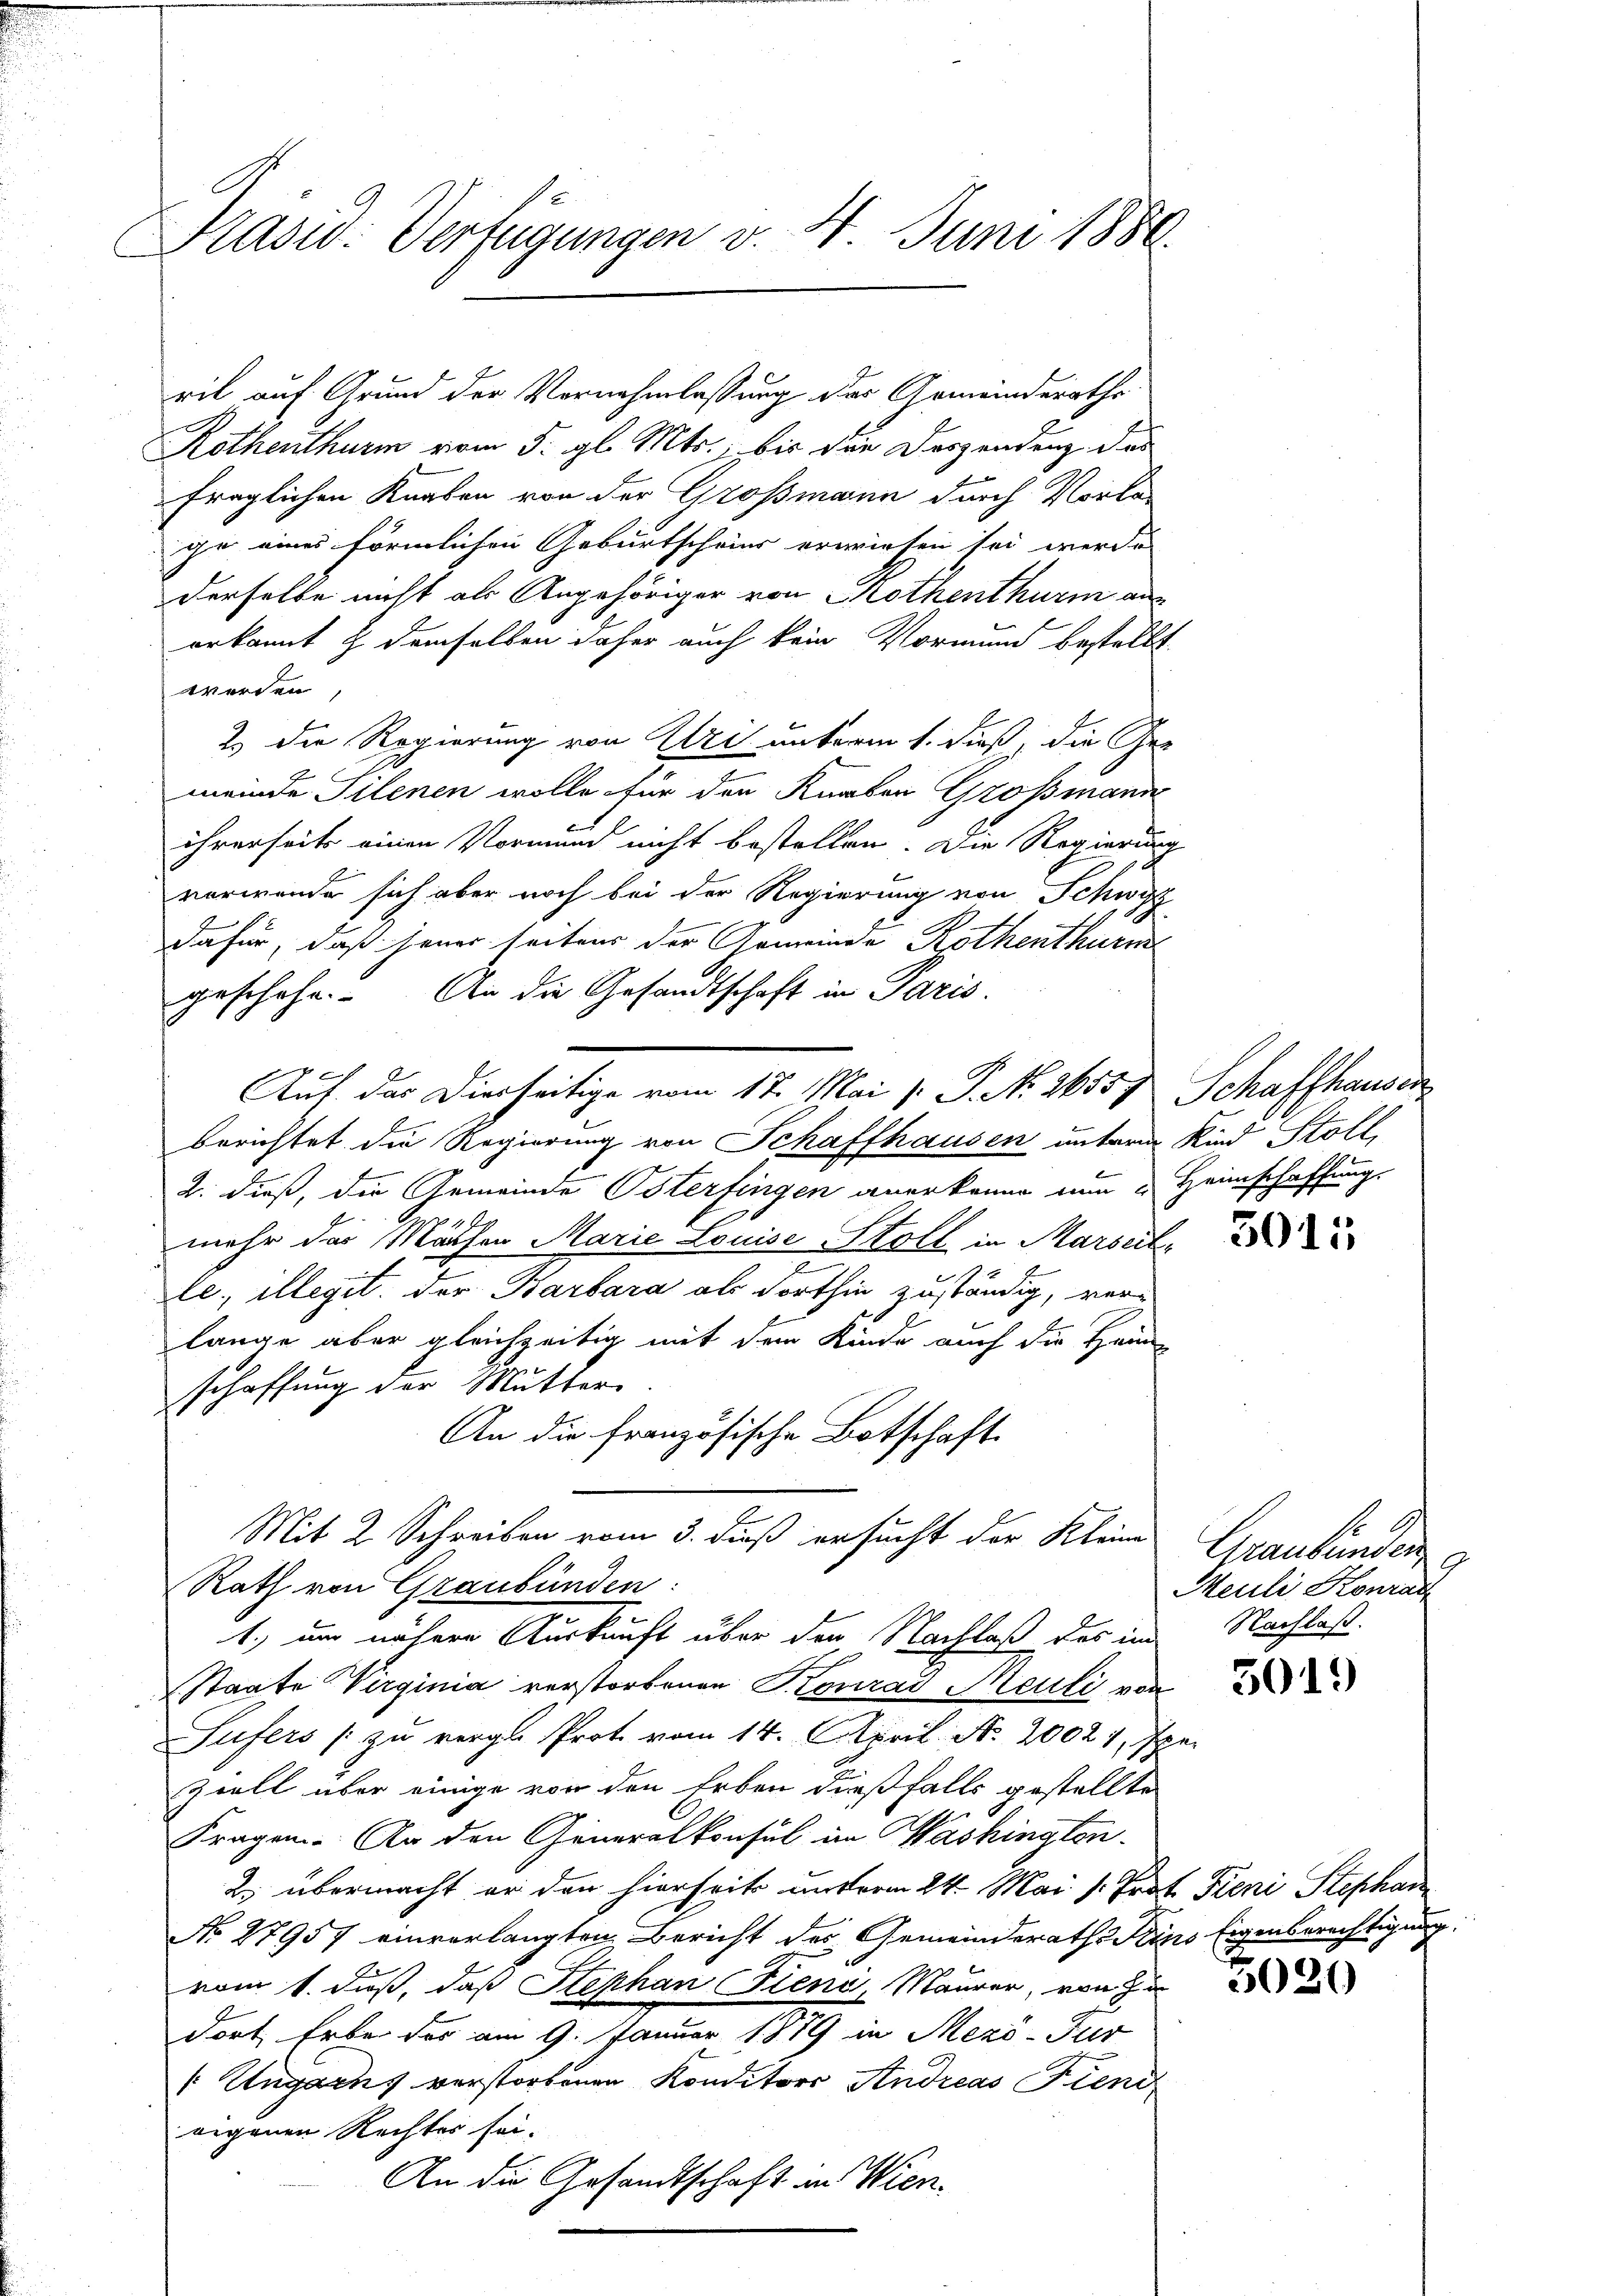
Prasid: Verfügungen v. 4. Juni 1886

Rothenthurm vom 5. gl. Mts., bis die Vorzendung des
fraglichen Knaben von der Großmann durch Vorlage eines förmlichen Geburtscheine erwiesen sei werde
derselbe nicht als Angehöriger von Rothenthurm aus
erkannt & demselben daher auch kein Vormund bestellt.
werden,
2.) Die Regierung von Uri unterm 1. dieß, die Ges
meinde Silenen wolle für den Knaben Grossmann
ihrerseits einen Vormund nicht bestellen. Die Regierung
vorwende sich aber noch bei der Regierung von Schwyz
dafür, daß jener seitens der Gemeinde Rothenthurm
geschehe. An die Gesandtschaft in Paris.
Auf das Dierseitige vom 17. Mai [ P. N. 26557
berichtet die Regierung von Schaffhausen unterm Kind Stoll,
2. dieß, die Gemeinde Osterfingen anerkenne nun i
mehr das Mächen Marie Louise Stoll in Marseit
2
le, illegit der Barbara als Forthin zuständig, verlange aber gleichzeitig mit dem Kinde auch die Heim
schaffung der Mutter
An die französische Botschaft.
Mit 2 Schreiben vom 3. Fuß ersucht der Kleine
Rath von Graubünden
1.) um nähere Auskunft über den Nachlaß des in
Staate Virginia verstorbenen Konrad Meuti von
Sufers zu vergl. Prot vom 14. April. N. 20021, 7
ziell über einige von den Erben dießfalls gestellte
Fragen. An den Generalkonsul in Washingten.
2. übermacht er den hierheit unterm 24. Mai v. Prof. Reni Stephan
No 27957 einverlangten Bericht des Gemeinderathe Zins Eigenberechtigung
vom 1. Fuß, daß Stephan Fieni, Maurer, von zu
dort Erbe der am 9. Januar 1879 in Mezö- Fur
/ Ungarns verstorbenen Konditors Andreas Fiend
eigenen Rechter sei.
An die Gesandtschaft in Wien¬

ril auf Grund der Vornahmlassung des Gemeinderaths¬

Schaffhauser
Heimschaffung.

.

3015

Graubünden g
Meuli Konrad
Nachlaß.

3019

3020